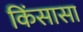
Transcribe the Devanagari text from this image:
किंसासा